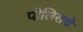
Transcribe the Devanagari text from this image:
पोलिसचे